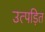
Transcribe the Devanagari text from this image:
उत्पड़ित